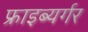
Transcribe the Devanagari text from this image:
फ्राइब्यर्गर